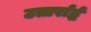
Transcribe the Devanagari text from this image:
उत्तर्रार्द्ध